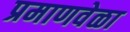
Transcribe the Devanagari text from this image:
प्रमाणवेळा